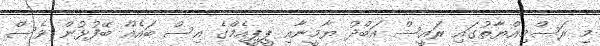
މި ރަސްމިއްޔާތުގައި ރައީސް އަބްދު ޔާމީނާއި ޕީޕީއެމްގެ އިސް ބައެއް ބޭފުޅުން ވެސް